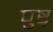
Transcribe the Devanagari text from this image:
पुष्ट्